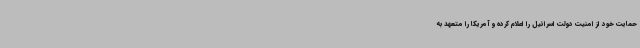
حمایت خود از امنیت دولت اسرائیل را اعلام کرده و آمریکا را متعهد به